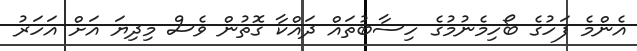
އެންމެ ފަހުގެ ބޯހިމެނުމުގެ ހިސާބުތައް ދައްކާ ގޮތުން ވެސް މިދިޔަ އަށް އަހަރު